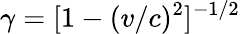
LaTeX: \gamma=[1-(v/c)^{2}]^{-1/2}